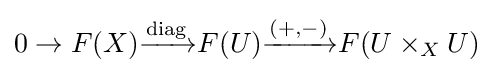
0\to F(X){\xrightarrow {\text{diag}}}F(U){\xrightarrow {(+,-)}}F(U\times _{X}U)